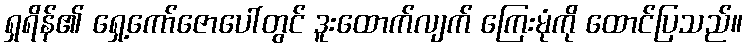
ရှရိန်၏ ရှေ့ကော်ဇောပေါ်တွင် ဒူးထောက်လျက် ကြေးမုံကို ထောင်ပြသည်။